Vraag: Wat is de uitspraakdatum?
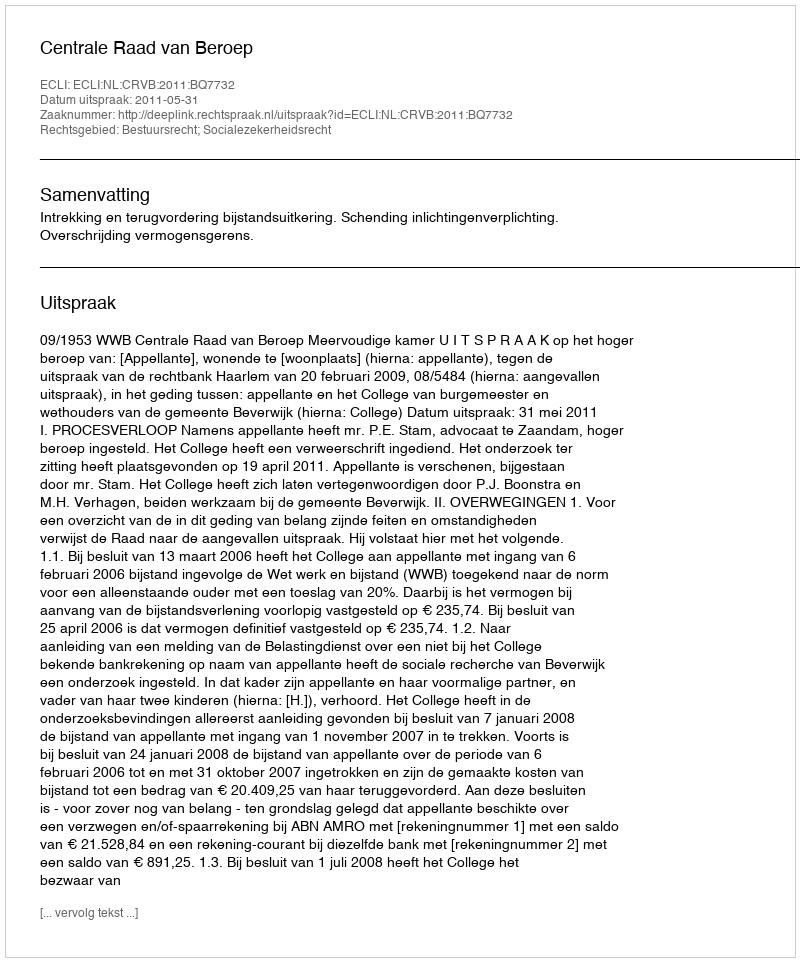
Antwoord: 2011-05-31